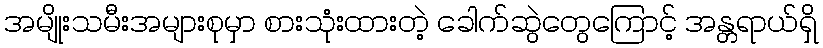
အမျိုးသမီးအများစုမှာ စားသုံးထားတဲ့ ခေါက်ဆွဲတွေကြောင့် အန္တရာယ်ရှိ